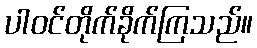
ပါဝင်တိုက်ခိုက်ကြသည်။